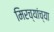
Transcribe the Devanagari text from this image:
मिरच्यांच्या